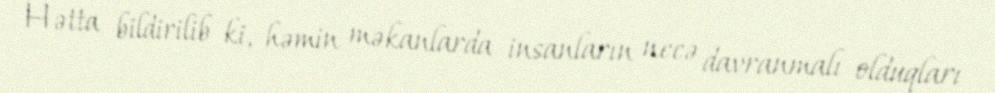
Hətta bildirilib ki, həmin məkanlarda insanların necə davranmalı olduqları